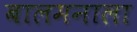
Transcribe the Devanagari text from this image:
बालमनाला